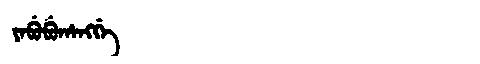
Manchu: ᠶᠠᠪᡠᠪᡠᡥᠠᠩᡤᡝ
Romanization: YABUBUHANGGE